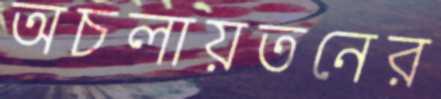
অচলায়তনের